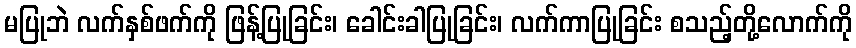
မပြုဘဲ လက်နှစ်ဖက်ကို ဖြန့်ပြုခြင်း၊ ခေါင်းခါပြုခြင်း၊ လက်ကာပြုခြင်း စသည့်တို့လောက်ကို